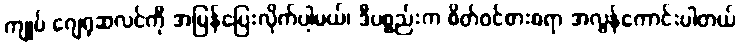
ကျုပ် ဂျေရုဆလင်ကို အမြန်ပြေးလိုက်ပါ့မယ်၊ ဒီပစ္စည်းက စိတ်ဝင်စားစရာ အလွန်ကောင်းပါတယ်